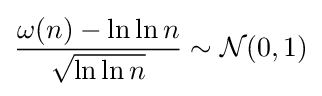
{\frac {\omega (n)-\ln \ln n}{\sqrt {\ln \ln n}}}\sim {\mathcal {N}}(0,1)